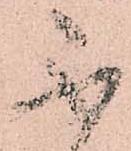
不